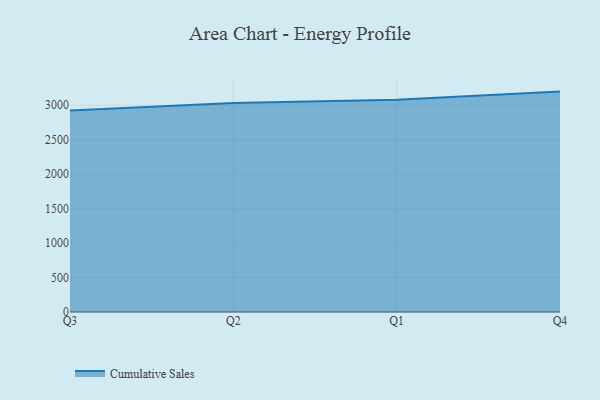
{"axis": {"x": "Quarter", "y": "Demand Index"}, "legend": ["Cumulative Sales"], "data": [{"x": "Q3", "y": 2924.5, "type": "Cumulative Sales"}, {"x": "Q2", "y": 3032.9, "type": "Cumulative Sales"}, {"x": "Q1", "y": 3079.8, "type": "Cumulative Sales"}, {"x": "Q4", "y": 3197.4, "type": "Cumulative Sales"}]}